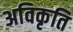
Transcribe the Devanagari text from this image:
अविकृति